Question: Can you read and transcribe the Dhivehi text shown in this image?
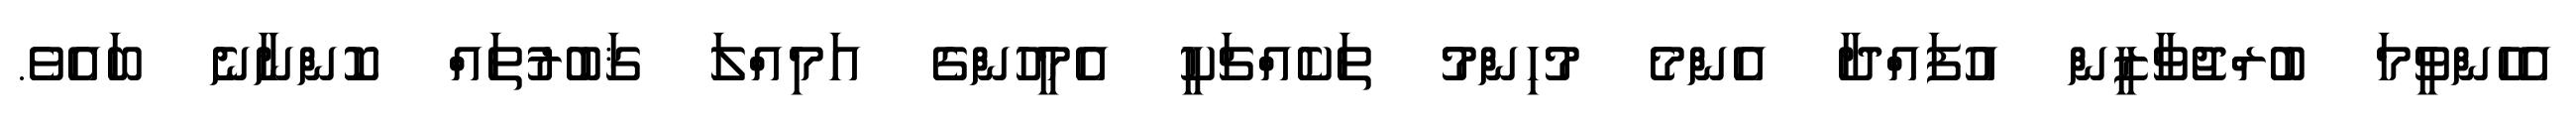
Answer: އެހެންވީމަ ބުރްޖުވާޒީން އުފައްދާ އެންމެ މުހިންމު ތަކެއްޗަކީ އެމީހުންގެ އަމިއްލަ ޤަބުރުތައް ކޮންނާނެ ބައެވެ.